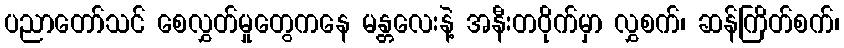
ပညာတော်သင် စေလွှတ်မှုတွေကနေ မန္တလေးနဲ့ အနီးတဝိုက်မှာ လွှစက်၊ ဆန်ကြိတ်စက်၊